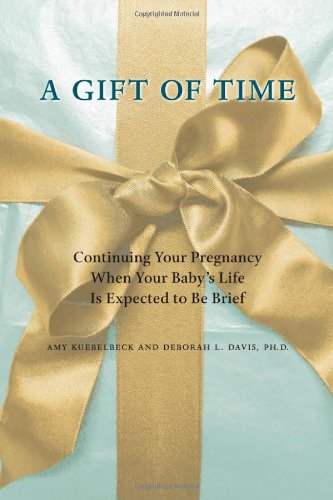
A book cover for A Gift of Time: Continuing Your Pregnancy When Your Baby's Life Is Expected to Be Brief; Amy Kuebelbeck; Medical Books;